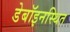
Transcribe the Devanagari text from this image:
डेबॉइनस्थित